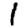
Digit: 1